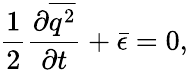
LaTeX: \frac{1}{2}\frac{{\partial\overline{{{q^{2}}}}}}{{\partial t}}+\bar{\epsilon}=0,